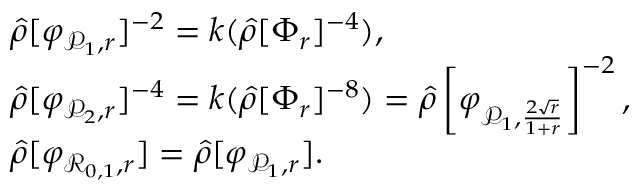
\begin{array} { r l } & { \hat { \rho } [ \varphi _ { \mathcal { P } _ { 1 } , r } ] ^ { - 2 } = k ( \hat { \rho } [ \Phi _ { r } ] ^ { - 4 } ) , } \\ & { \hat { \rho } [ \varphi _ { \mathcal { P } _ { 2 } , r } ] ^ { - 4 } = k ( \hat { \rho } [ \Phi _ { r } ] ^ { - 8 } ) = \hat { \rho } \left[ \varphi _ { \mathcal { P } _ { 1 } , \frac { 2 \sqrt { r } } { 1 + r } } \right] ^ { - 2 } , } \\ & { \hat { \rho } [ \varphi _ { \mathcal { R } _ { 0 , 1 } , r } ] = \hat { \rho } [ \varphi _ { \mathcal { P } _ { 1 } , r } ] . } \end{array}